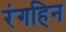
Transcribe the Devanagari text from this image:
रंगहिन